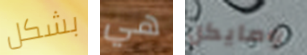
بشكل هي ومايكل